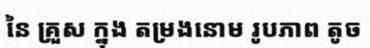
នៃ គ្រួស ក្នុង តម្រងនោម រូបភាព តូច